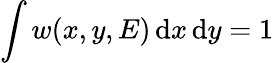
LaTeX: \int w(x,y,E)\, \mathrm{d}x\, \mathrm{d}y=1